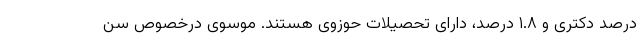
درصد دکتری و ۱.۸ درصد، دارای تحصیلات حوزوی هستند. موسوی درخصوص سن